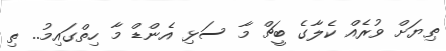
ޠިޔަށް ވުރެއް ކެލާގެ ބީޗް މާ ސަޅި އެންޑް މާ ހިތްގައިމު.. ތި